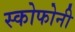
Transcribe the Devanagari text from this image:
स्कोफोनी